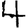
Digit: 4